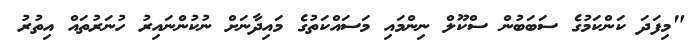
"މިފަދަ ކަންކަމުގެ ސަބަބުން ސްކޫލް ނިންމައި މަސައްކަތުގެ މައިދާނަށް ނުކުންނައިރު ހުނަރުތައް އިތުރު